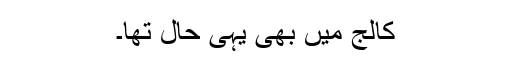
کالج میں بھی یہی حال تھا۔